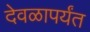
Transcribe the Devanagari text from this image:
देवळापर्यंत